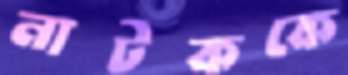
নাটককে